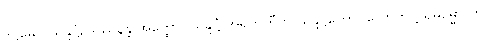
ဒိဋ္ဌမေဝ သန္ဒိဋ္ဌံ, ဒဿနန္တိ အတ္ထော။ သန္ဒိဋ္ဌံ အရဟတီတိ သန္ဒိဋ္ဌိကော။ လောကုတ္တရဓမ္မော ဟိ